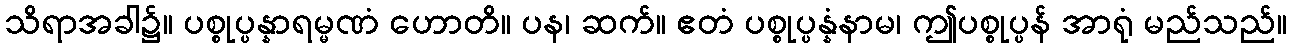
သိရာအခါ၌။ ပစ္စုပ္ပန္နာရမ္မဏံ ဟောတိ။ ပန၊ ဆက်။ ဧတံ ပစ္စုပ္ပန္နံနာမ၊ ဤပစ္စုပ္ပန် အာရုံ မည်သည်။